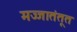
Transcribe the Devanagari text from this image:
मज्जातंतूत